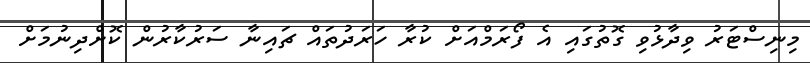
މިނިސްޓަރު ވިދާޅުވި ގޮތުގައި އެ ފޯރަމްއަށް ކުރާ ހަރަދުތައް ޗައިނާ ސަރުކާރުން ކޮށްދިނުމަށް